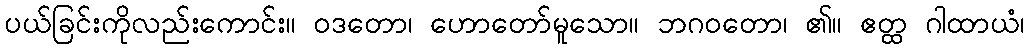
ပယ်ခြင်းကိုလည်းကောင်း။ ဝဒတော၊ ဟောတော်မူသော။ ဘဂဝတော၊ ၏။ ဧတ္ထ ဂါထာယံ၊